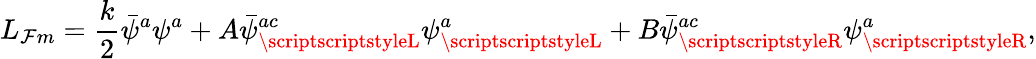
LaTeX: L_{\mathcal{F}m}=\frac{{k}}{{2}}\bar{{\psi}}^{a}\psi^{a}+A\bar{{\psi}}_{\scriptscriptstyleL}^{ac}\psi_{\scriptscriptstyleL}^{a}+B\bar{{\psi}}_{\scriptscriptstyleR}^{ac}\psi_{\scriptscriptstyleR}^{a},